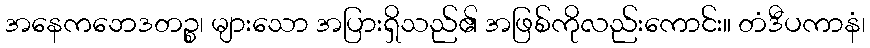
အနေကဘေဒတဉ္စ၊ များသော အပြားရှိသည်၏ အဖြစ်ကိုလည်းကောင်း။ တံဒီပကာနံ၊